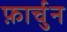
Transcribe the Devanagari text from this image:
फ़ार्चुन